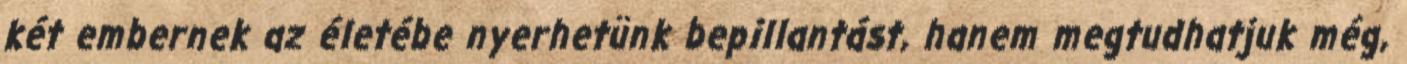
két embernek az életébe nyerhetünk bepillantást, hanem megtudhatjuk még,